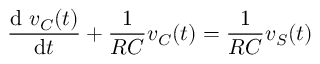
{ \frac { \mathrm { d } \ v _ { C } ( t ) } { \mathrm { d } t } } + { \frac { 1 } { R C } } v _ { C } ( t ) = { \frac { 1 } { R C } } v _ { S } ( t )